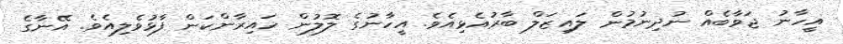
އީހާނު ޖަވާބެއް ނުދިނުމުން ލައިޒަލް ބާރުއެޅިއެވެ. އީހާނުގެ ލޮލުން ހައިރާންކަން ފާޅުވެލިއެވެ. އޭނާގެ